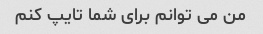
من می توانم برای شما تایپ کنم